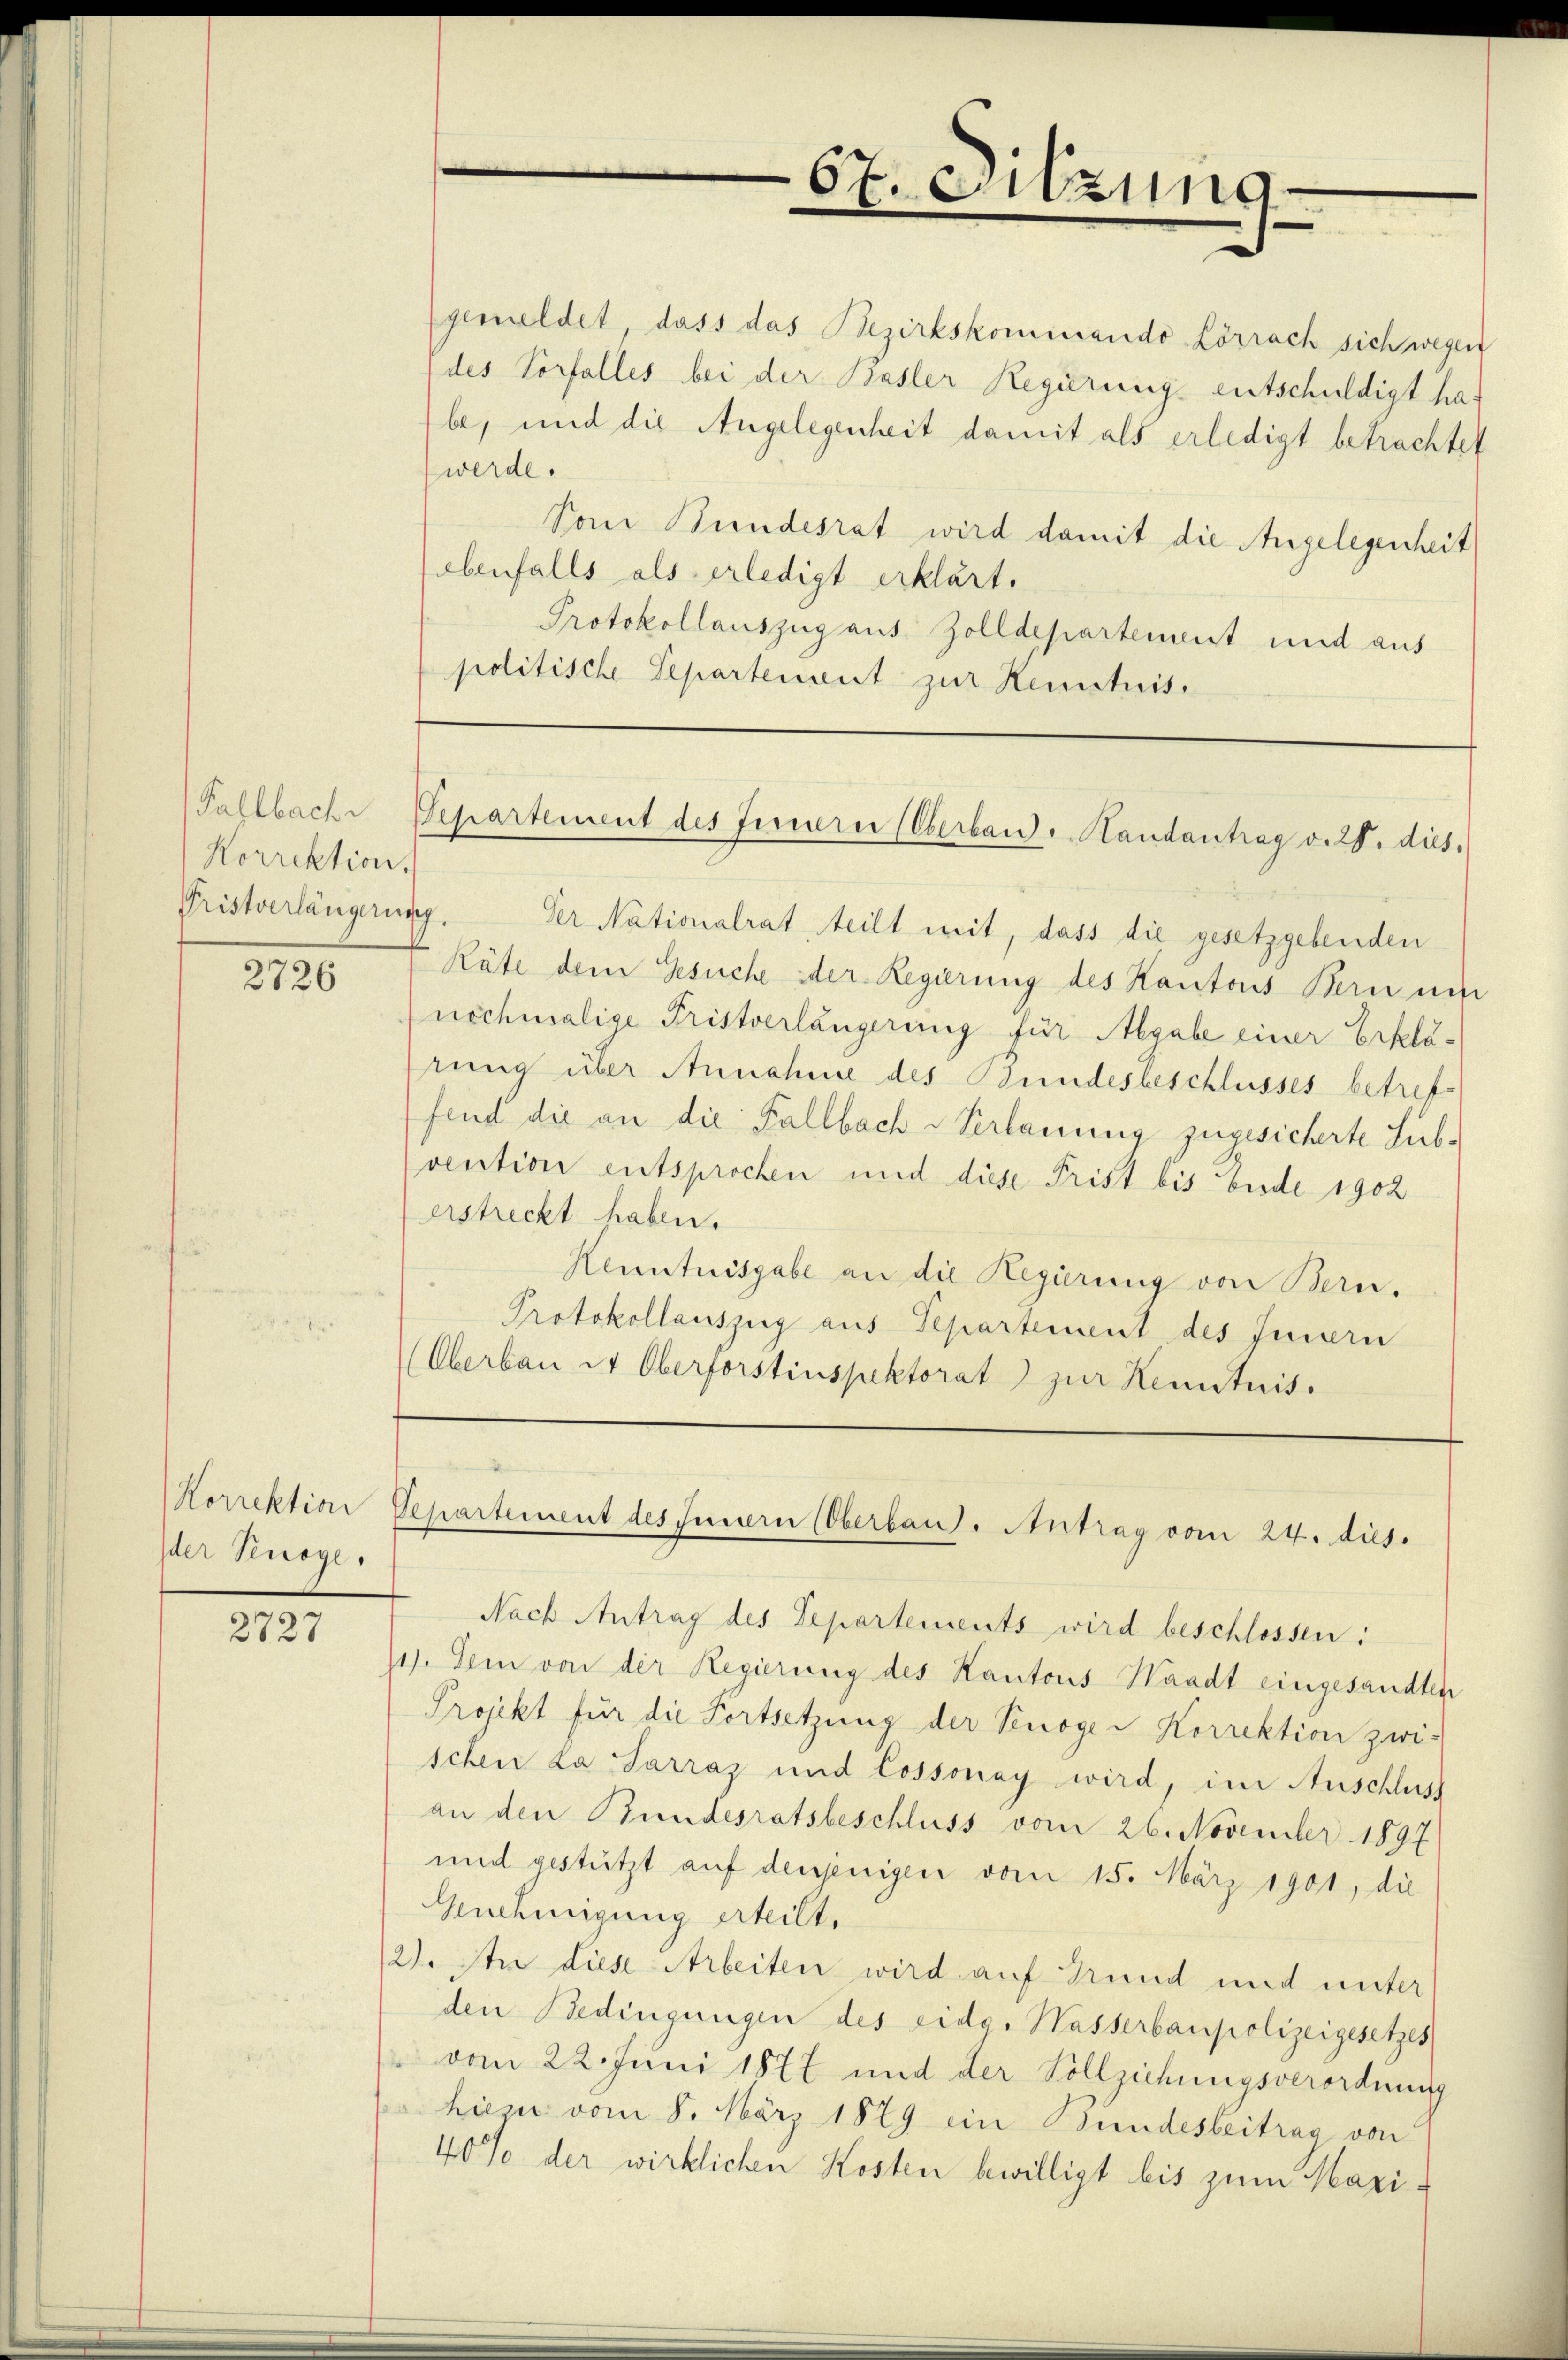
Fahlbach
Korrektion,
Pristverlängerung.

2726

Korrektion
Ider Penöge.

2727

67. Sitzung

gemeldet dass das Bezirkskominando-Lörrach sich wegen
des Vorfalles bei der Basler Regierungs entschuldigt habe, und die Angelegenheit damit als erledigt betrachtet
werde.
Vom Bundesrat wird damit die Angelegenheit
oebenfalls als erledigt erklärt.
Protokollauszug aus Zolldepartement und aus
politische Separtement zur Kenntnis.

Separtement des Innern (Oberband - Handantrag v. 24. dies.

Der Nationalrat, teilt mit, dass die gesetzgebenden
Räte dem Gesuche der Regierung des Kantons Bern un
nochmalige Fristverlängerung für Aegabe einer Erklärung über Annahme des Bundesbeschlusses betreffend die an die Fallbach Verlanung zugesicherte Subvention entsprochen und diese Frist bis Ende 1902
erstreckt haben.
Kenntnisgabe an die Regierung von Bern.
Protokollauszug aus Departement des Innern
(Oberbau et Oberforstinspektorat zur Kenntnis.

Separtement des Innern (Oberbaut. Antrag vom 24. dies

Nach Antrag des Departements wird beschlossen:
11). Dem von der Regierung des Kantons Waadt eingesandten
Projekt für die Fortsetzung der Vinoger Korrektion zwi-
schen La Sarraz und Cossonay wird, im Anschluss
an den Bundesratsbeschluss vom 26. November 1897
und gestützt auf denjenigen vom 15. März 1901, die
Genehmigung erteilt.
2). An diese Arbeiten wird auf Grund und unter
den Bedingungen des eide. Wasserbaupolizeigesetzes
vom 22. Juni 1877 und der Vollziehungsverordnung
hiezu vom 8. März 1879 ein Bundesbeitrag von
40% der wirklichen Kosten bewilligt bis zum Mari¬